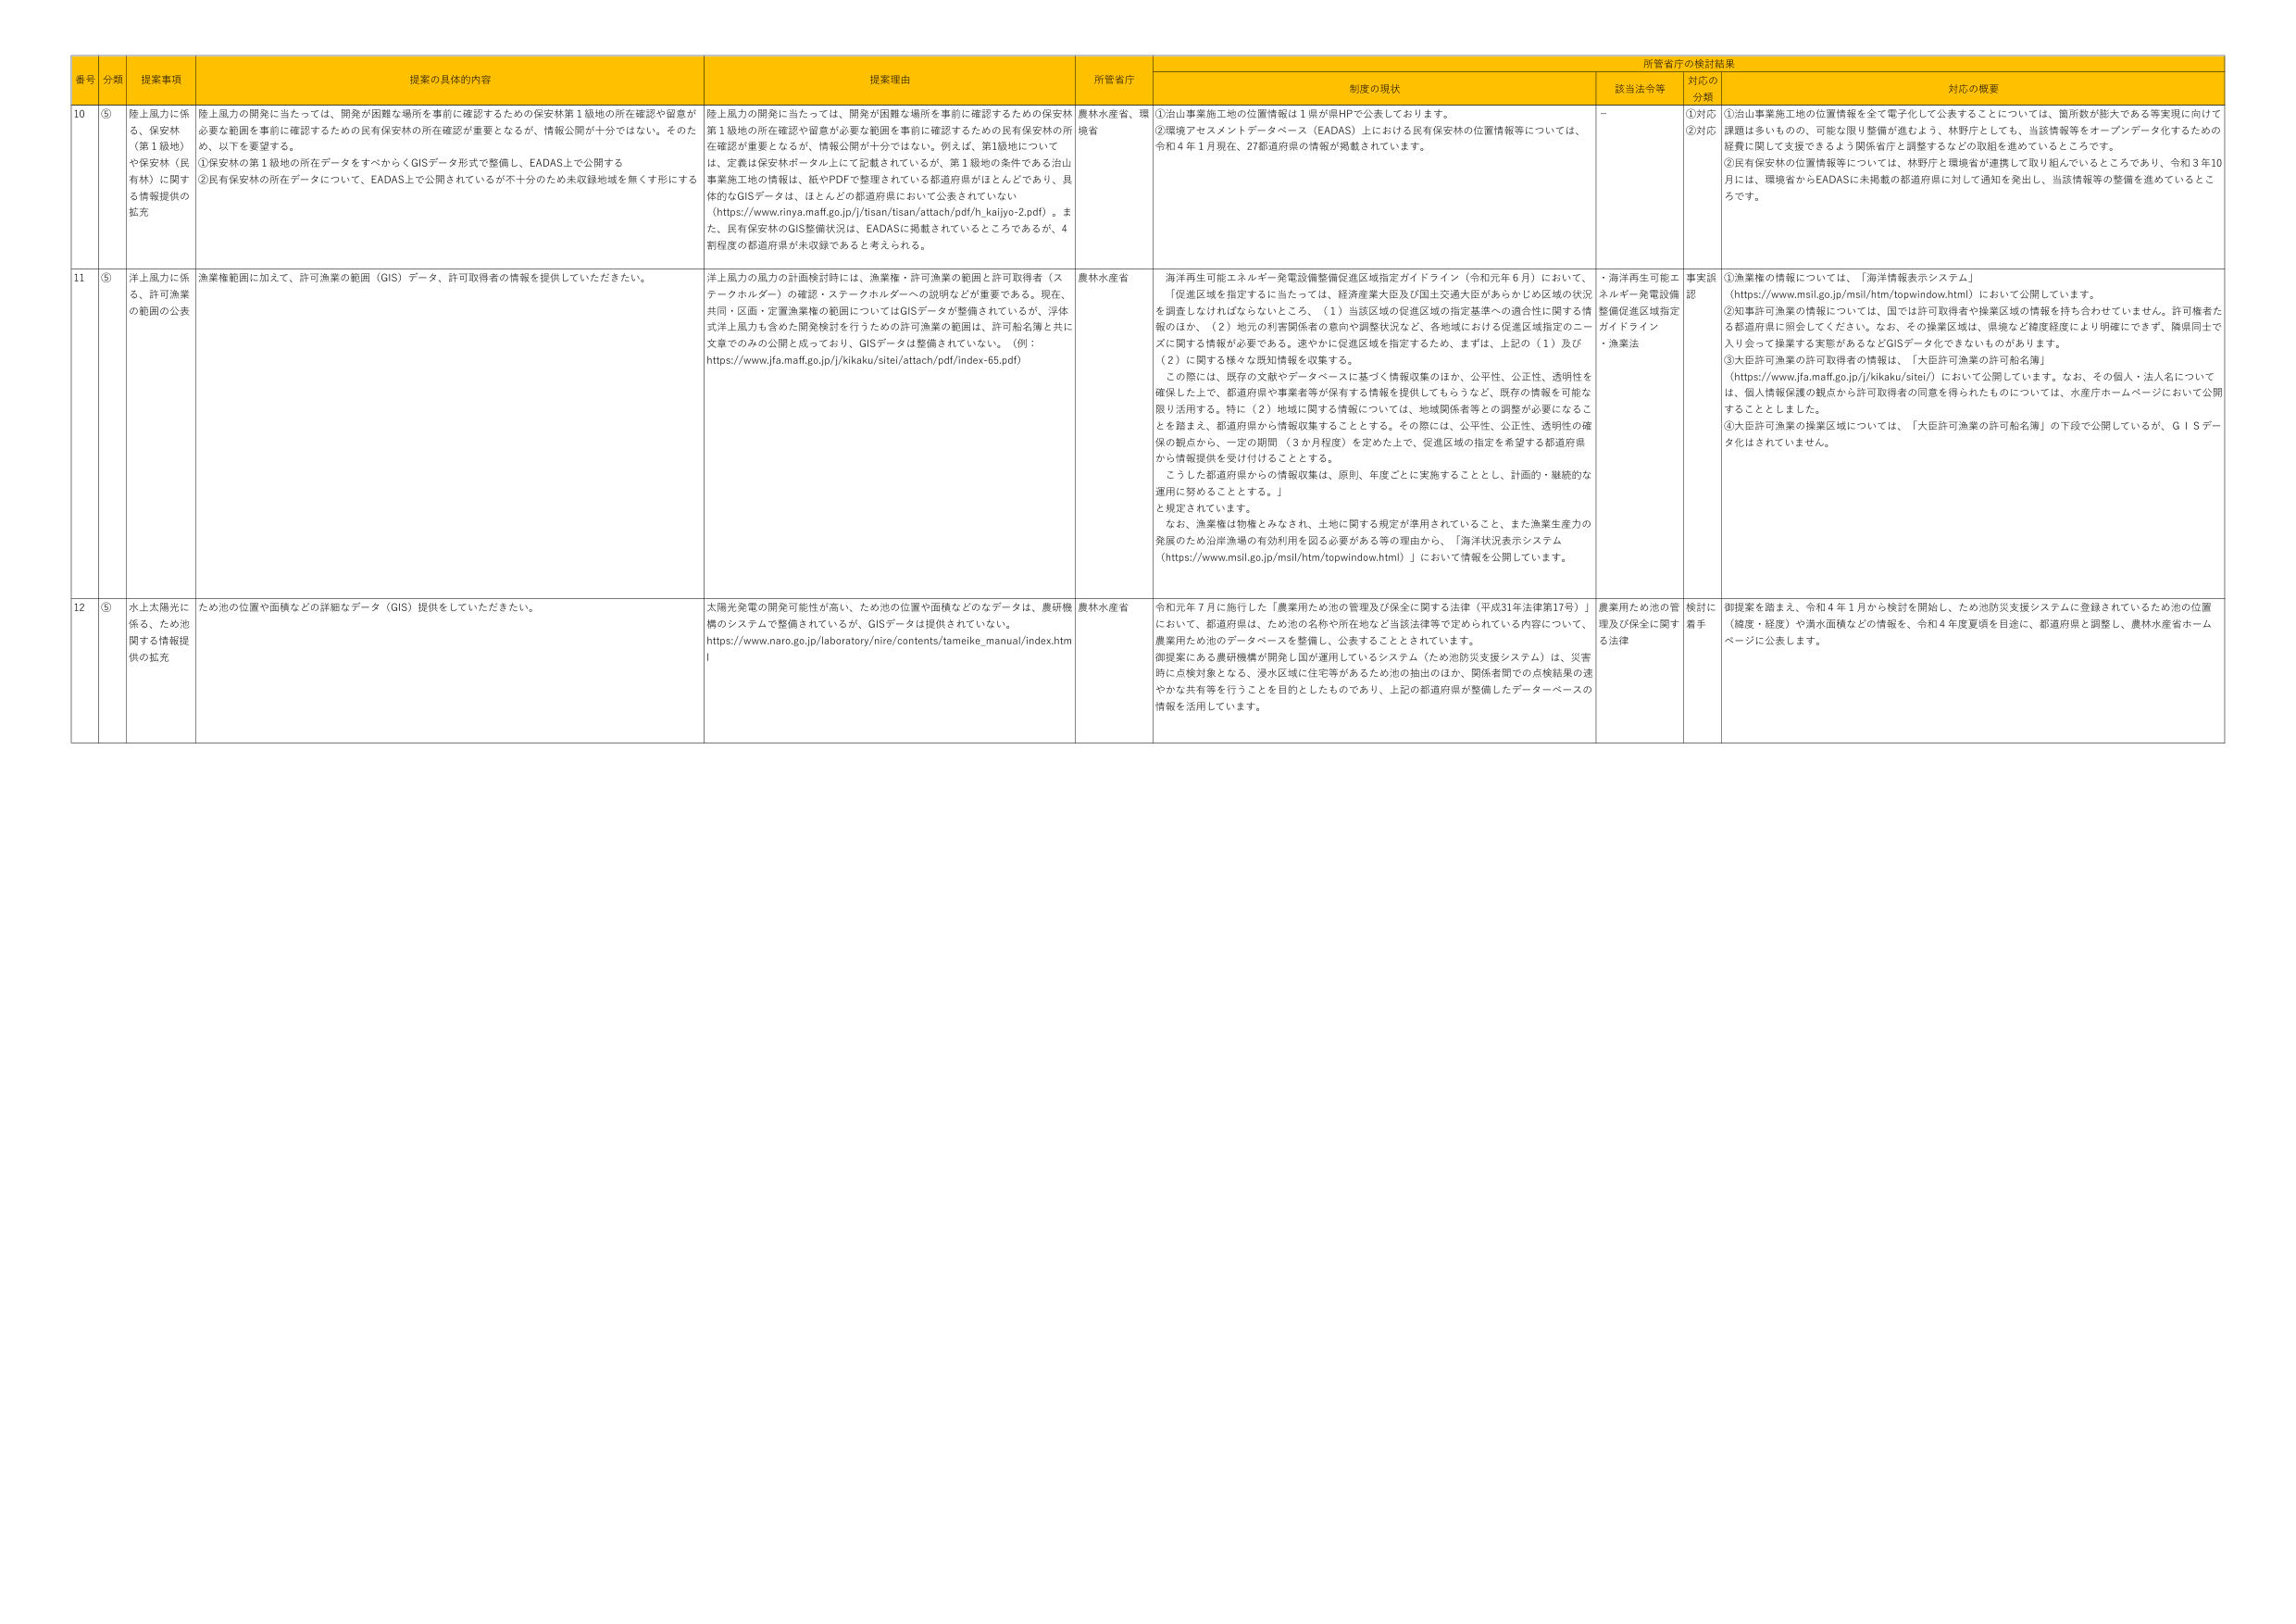
番号 分類 提案事項 提案の具体的内容 提案理由 所管省庁 所管省庁の検討結果
制度の現状 該当法令等 対応の分類 対応の概要
10 ⑤ 陸上風力に係る、保安林（第1級地）や保安林（民有林）に関する情報提供の拡充 陸上風力の開発に当たっては、開発が困難な場所を事前に確認するための保安林第1級地の所在確認や留意が必要な範囲を事前に確認するための民有保安林の所在確認が重要となるが、情報公開が十分ではない。そのため、以下を要望する。
①保安林の第1級地の所在データをすべからくGISデータ形式で整備し、EADAS上で公開する
②民有保安林の所在データについて、EADAS上で公開されているが不十分のため未収録地域を無くす形にする 陸上風力の開発に当たっては、開発が困難な場所を事前に確認するための保安林第1級地の所在確認や留意が必要な範囲を事前に確認するための民有保安林の所在確認が重要となるが、情報公開が十分ではない。例えば、第1級地については、定義は保安林ポータル上にて記載されているが、第1級地の条件である治山事業施工地の情報は、紙やPDFで整理されている都道府県がほとんどであり、具体的なGISデータは、ほとんどの都道府県において公表されていない（https://www.rinya.maff.go.jp/j/tisan/tisan/attach/pdf/h_kaijiyo-2.pdf）。また、民有保安林のGIS整備状況は、EADASに掲載されているところであるが、4割程度の都道府県が未収録であると考えられる。 農林水産省、環境省 ①治山事業施工地の位置情報は1県が県HPで公表しております。
②環境アセスメントデータベース（EADAS）上における民有保安林の位置情報等については、令和4年1月現在、27都道府県の情報が掲載されています。 － ①対応②対応 ①治山事業施工地の位置情報を全て電子化して公表することについては、箇所数が膨大である等実現に向けて課題は多いものの、可能な限り整備が進むよう、林野庁としても、当該情報等をオープンデータ化するための経費に関して支援できるよう関係省庁と調整するなどの取組を進めているところです。
②民有保安林の位置情報等については、林野庁と環境省が連携して取り組んでいるところであり、令和3年10月には、環境省からEADASに未掲載の都道府県に対して通知を発出し、当該情報等の整備を進めているところです。
11 ⑤ 洋上風力に係る、許可漁業の範囲の公表 漁業権範囲に加えて、許可漁業の範囲（GIS）データ、許可取得者の情報を提供していただきたい。 洋上風力の風力の計画検討時には、漁業権・許可漁業の範囲と許可取得者（ステークホルダー）の確認・ステークホルダーへの説明などが重要である。現在、共同・区画・定置漁業権の範囲についてはGISデータが整備されているが、浮体式洋上風力も含めた開発検討を行うための許可漁業の範囲は、許可船名簿と共に文章でのみの公開となっており、GISデータは整備されていない。（例：https://www.jfa.maff.go.jp/j/kikaku/sitei/attach/pdf/index-65.pdf） 農林水産省 海洋再生可能エネルギー発電設備整備促進区域指定ガイドライン（令和元年6月）において、「促進区域を指定するに当たっては、経済産業大臣及び国土交通大臣があらかじめ区域の状況を調査しなければならないこと。」（1）当該区域の促進区域の指定基準への適合性に関する情報のほか、（2）地元の利害関係者の意向や調整状況など、各地域における促進区域指定のニーズに関する情報が必要である。速やかに促進区域を指定するため、まずは、上記の（1）及び（2）に関する様々な既知情報を収集する。
この際には、既存の文献やデータベースに基づく情報収集のほか、公平性、公正性、透明性を確保した上で、都道府県や事業者等が保有する情報を提供してもらうなど、既存の情報を可能な限り活用する。特に（2）地域に関する情報については、地域関係者等との調整が必要になることを踏まえ、都道府県から情報収集することとする。その際には、公平性、公正性、透明性の確保の観点から、一定の期間（3か月程度）を定めた上で、促進区域の指定を希望する都道府県から情報提供を受け付けることとする。
こうした都道府県からの情報収集は、原則、年度ごとに実施することとし、計画的・継続的な運用に努めることとする。」
と規定されています。
なお、漁業権は物権とみなされ、土地に関する規定が準用されていること、また漁業生産力の発展のため沿岸海域の有効利用を図る必要がある等の理由から、「海洋状況表示システム（https://www.msil.go.jp/msil/htm/topwindow.html）」において情報を公開しています。 ・海洋再生可能エネルギー発電設備整備促進区域指定ガイドライン
・漁業法 事実誤認 ①漁業権の情報については、「海洋情報表示システム」（https://www.msil.go.jp/msil/htm/topwindow.html）において公開しています。
②知事許可漁業の情報については、国では許可取得者や操業区域の情報を持ち合わせていません。許可権者たる都道府県に照会してください。なお、その操業区域は、県轄など精度程度により明確にできず、隣県同士で入り会って操業する実態があるなどGISデータ化できないものがあります。
③大臣許可漁業の許可取得者の情報は、「大臣許可漁業の許可船名簿」（https://www.jfa.maff.go.jp/j/kikaku/sitei/）において公開しています。なお、その個人・法人名については、個人情報保護の観点から許可取得者の同意を得られたものについては、水産庁ホームページにおいて公開することとしました。
④大臣許可漁業の操業区域については、「大臣許可漁業の許可船名簿」の下段で公開しているが、GISデータ化はされていません。
12 ⑤ 水上太陽光に係る、ため池に関する情報提供の拡充 ため池の位置や面積などの詳細なデータ（GIS）提供をしていただきたい。 太陽光発電の開発可能性が高い、ため池の位置や面積などのデータは、農研機構のシステムで整備されているが、GISデータは提供されていない。https://www.naro.go.jp/laboratory/nire/contents/tameike_manual/index.html 農林水産省 令和元年7月に施行した「農業用ため池の管理及び保全に関する法律（平成31年法律第17号）」において、都道府県は、ため池の名称や所在地など当該法律等で定められている内容について、農業用ため池のデータベースを整備し、公表することとされています。
御提案にある農研機構が開発し国が運用しているシステム（ため池防災支援システム）は、災害時に点検対象となる、浸水区域に住宅等があるため池の抽出のほか、関係者間での点検結果の速やかな共有等を行うことを目的としたものであり、上記の都道府県が整備したデータベースの情報を活用しています。 農業用ため池の管理及び保全に関する法律 検討に着手 御提案を踏まえ、令和4年1月から検討を開始し、ため池防災支援システムに登録されているため池の位置（緯度・経度）や満水面積などの情報を、令和4年度夏頃を目途に、都道府県と調整し、農林水産省ホームページに公表します。